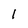
Character: 1